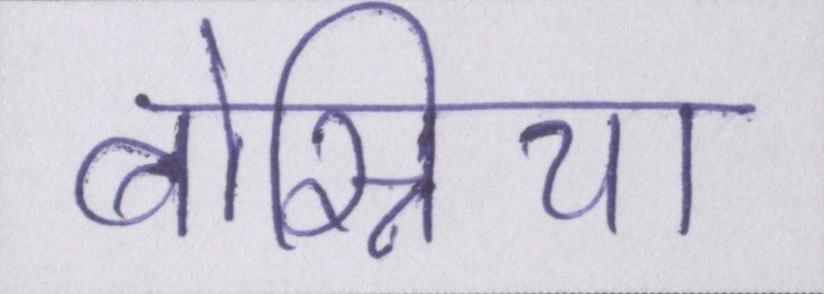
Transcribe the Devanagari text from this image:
बोस्निया